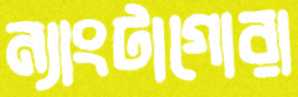
ন্যাংটাগোরা